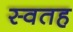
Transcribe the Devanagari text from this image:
स्वतह